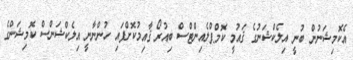
އެކޮމިޝަނުން ބުނީ އިލެކްޝަނުގެ ޤައުމީ ކޮމްޕްލެއިންޓްސް ބިއުރޯ ޤާއިމުކޮށްފައި ހުންނާނީ އިލެކްޝަންސް ކޮމިޝަންގެ